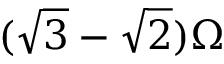
( \sqrt { 3 } - \sqrt { 2 } ) \Omega